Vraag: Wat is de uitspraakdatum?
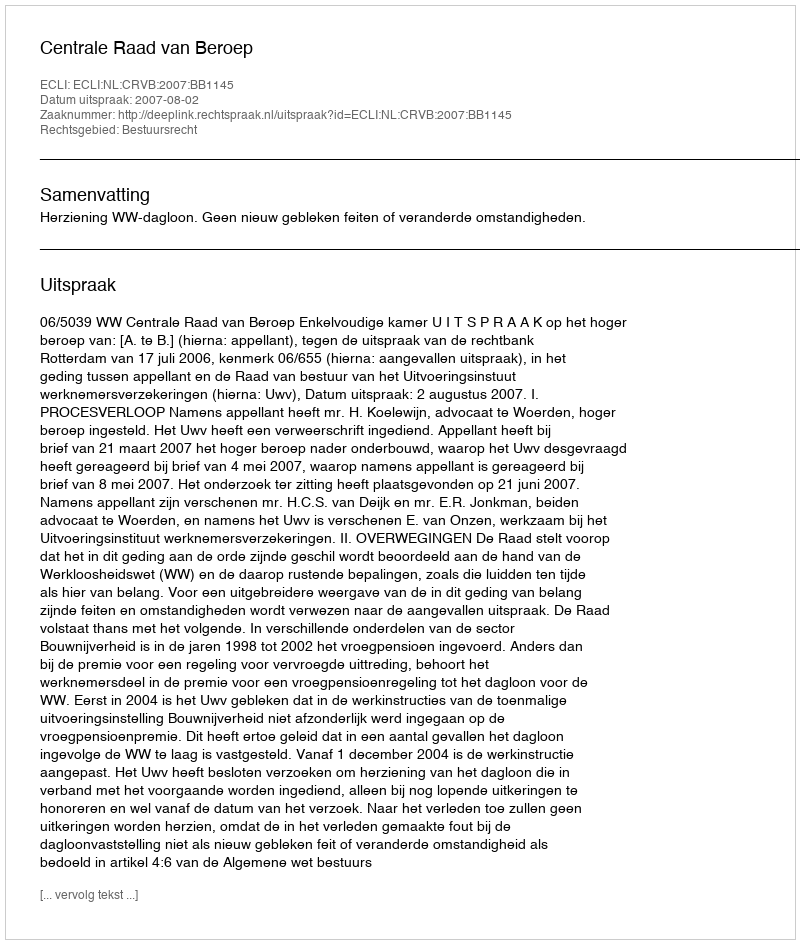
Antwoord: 2007-08-02